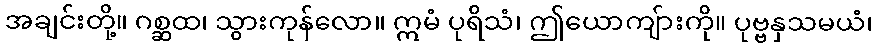
အချင်းတို့။ ဂစ္ဆထ၊ သွားကုန်လော။ ဣမံ ပုရိသံ၊ ဤယောကျ်ားကို။ ပုဗ္ဗနှသမယံ၊